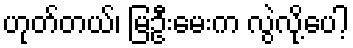
ဟုတ်တယ်၊ မြဦးမေးက လွဲလို့ပေါ့